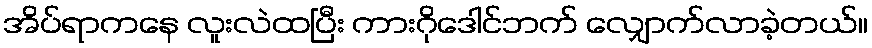
အိပ်ရာကနေ လူးလဲထပြီး ကားဂိုဒေါင်ဘက် လျှောက်လာခဲ့တယ်။